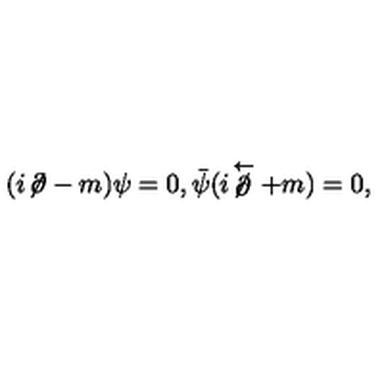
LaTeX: ( i \! \not \! \partial - m ) \psi = 0 , \bar { \psi } ( i \! \not \stackrel { \leftarrow } { \partial } + m ) = 0 ,